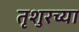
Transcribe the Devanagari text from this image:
तृशुरच्या